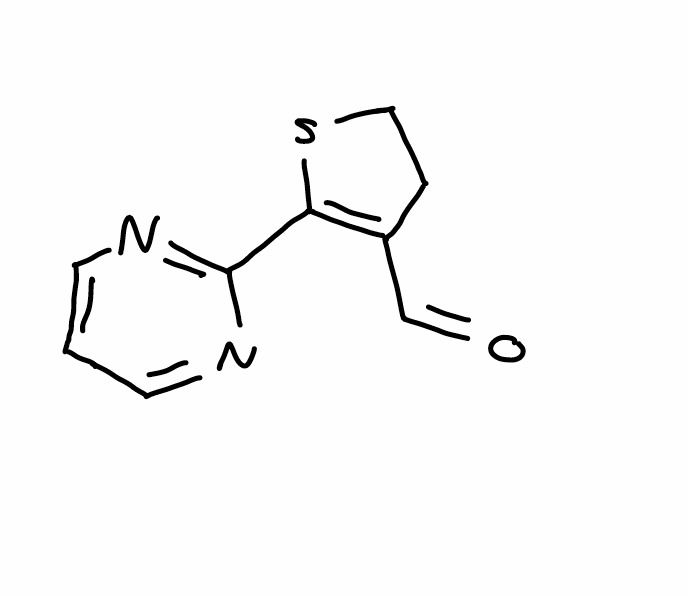
Simplified molecular-input line-entry system (SMILES) notation of the given molecule:
C1CSC(=C1C=O)C2=NC=CC=N2